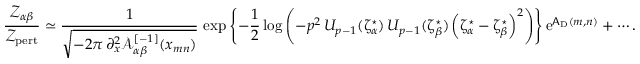
\frac { { \mathscr Z } _ { \alpha \beta } } { { \mathscr Z } _ { \mathrm { p e r t } } } \simeq \frac { 1 } { \sqrt { - 2 \pi \, \partial _ { x } ^ { 2 } { \mathcal A } _ { \alpha \beta } ^ { [ - 1 ] } ( x _ { m n } ) } } \, \exp \left\{ - \frac { 1 } { 2 } \log \left( - p ^ { 2 } \, U _ { p - 1 } ( \upzeta _ { \alpha } ^ { \star } ) \, U _ { p - 1 } ( \upzeta _ { \beta } ^ { \star } ) \left( \upzeta _ { \alpha } ^ { \star } - \upzeta _ { \beta } ^ { \star } \right) ^ { 2 } \right) \right\} { \mathrm { e } } ^ { \mathsf { A } _ { \mathrm { D } } ( m , n ) } + \cdots .